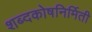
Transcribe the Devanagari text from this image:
शब्दकोषनिर्मिती